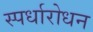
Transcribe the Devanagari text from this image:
स्पर्धारोधन